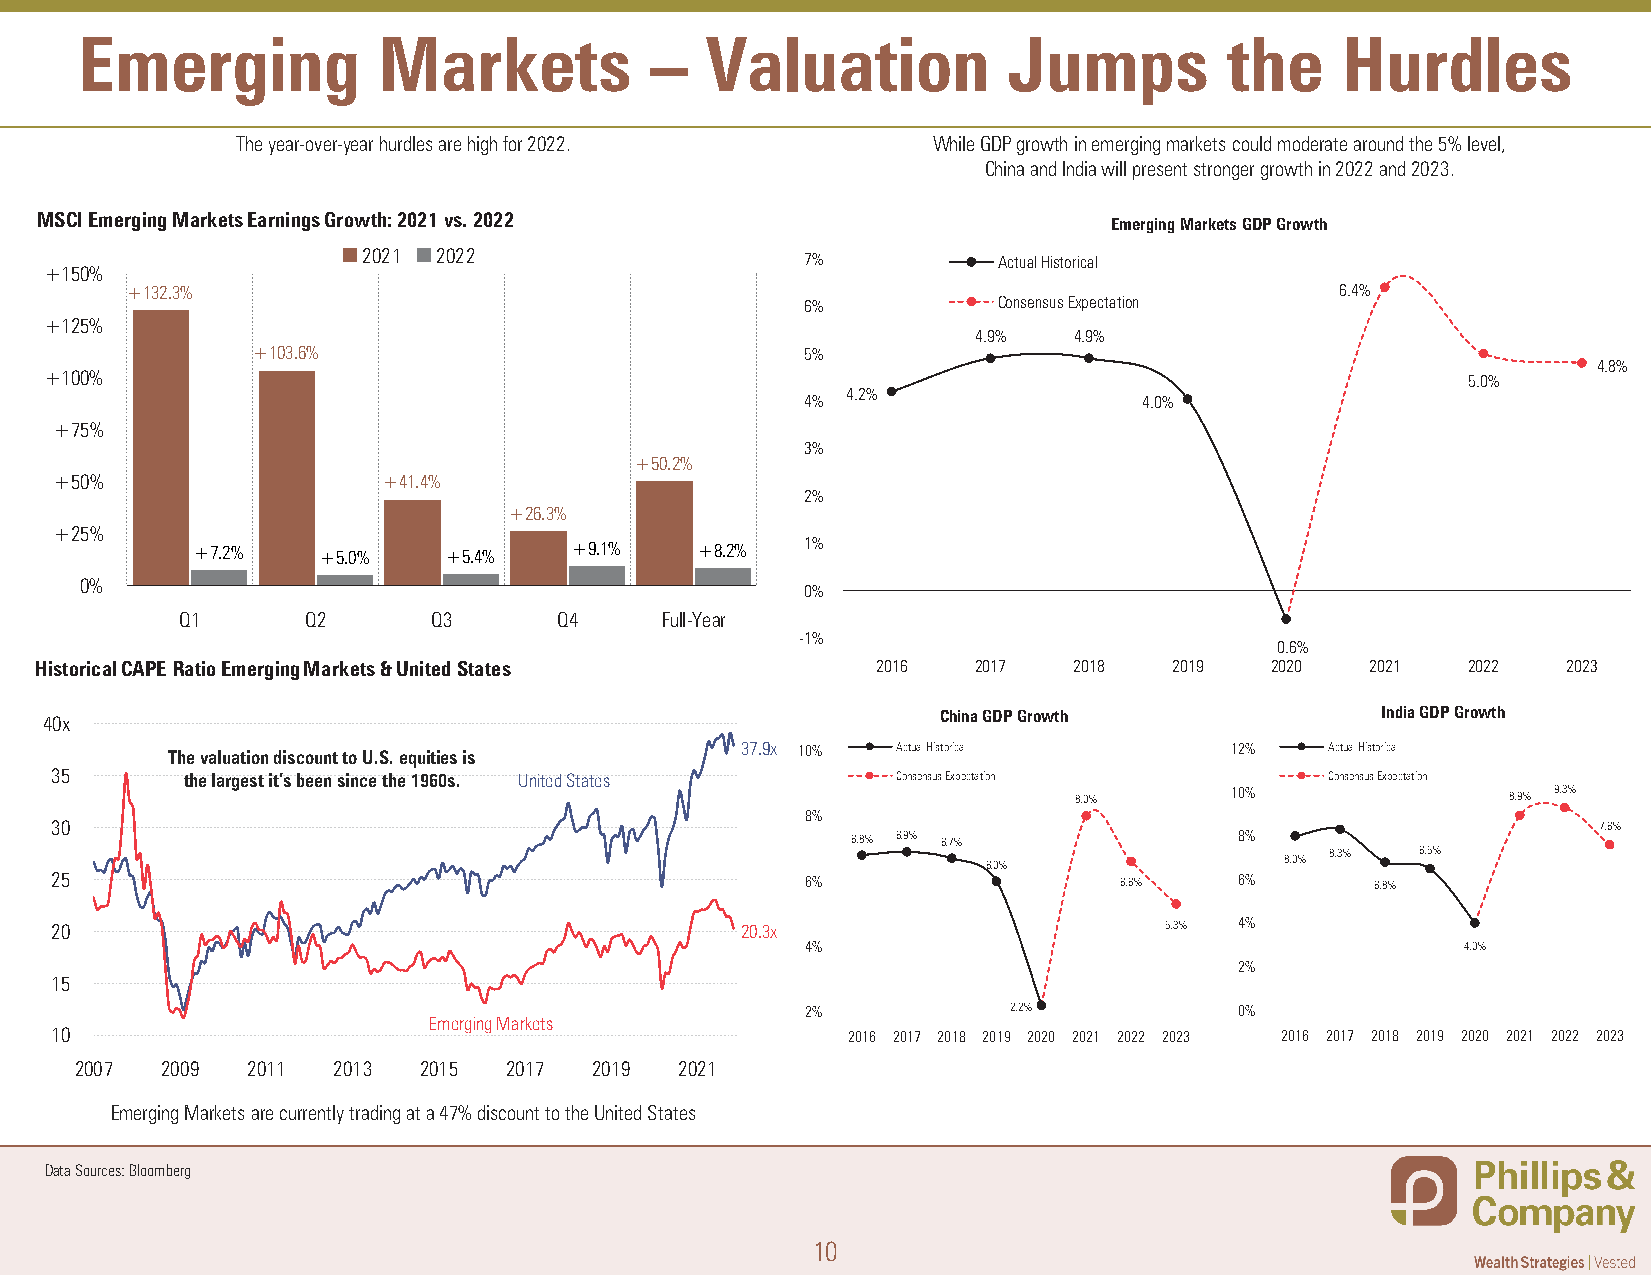
Emerging            Markets           –   Valuation           Jumps         the     Hurdles
 The year-over-year hurdles are high for 2022. While GDP growth in emerging markets could moderate around the 5% level,
 China and India will present stronger growth in 2022 and 2023.
 MSCI Emerging Markets Earnings Growth: 2021 vs. 2022                    Emerging Markets GDP Growth
 2021 2022                    7%           Actual Historical
 +150%
 +132.3%                                                                          6.4%
 6%           Consensus Expectation
 +125%
 4.9%  4.9%
 +103.6%                             5%
 4.8%
 +100%                                                                                         5.0%
 4.2%
 4%                     4.0%
 +75%
 3%
 +50.2%
 +50%                 +41.4%
 2%
 +26.3%
 +25%
 +7.2%   +5.0%    +5.4%   +9.1%   +8.2%  1%
 0%
 0%
 Q1      Q2       Q3      Q4     Full-Year
 -1%
 −0.6%
 Historical CAPE Ratio Emerging Markets & United States  2016  2017   2018   2019  2020   2021  2022   2023
 40x                                                        China GDP Growth             India GDP Growth
 37.9x 10% Actual Historical     12%    Actual Historical
 The valuation discount to U.S. equities is
 35       the largest it’s been since the 1960s. United States Consensus Expectation  Consensus Expectation
 8.0%      10%                8.9% 9.3%
 8%
 30                                                                                                     7.6%
 6.8% 6.9% 6.7%            8%
 8.3%  6.5%
 6.0%                8.0%
 25                                                6%                   6.6%    6%       6.8%
 20                                            20.3x                       5.3% 4%
 4%                                          4.0%
 2%
 15
 2%            2.2%           0%
 Emerging Markets
 10                                                   2016 2017 2018 2019 2020 2021 2022 2023 2016 2017 2018 2019 2020 2021 2022 2023
 2007  2009 2011  2013  2015 2017  2019  2021
 Emerging Markets are currently trading at a 47% discount to the United States
 Data Sources: Bloomberg
 10